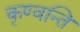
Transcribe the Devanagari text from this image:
कृण्वन्ति